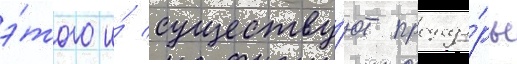
э́того и́ существу́ют процеду́ры